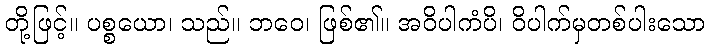
တို့ဖြင့်။ ပစ္စယော၊ သည်။ ဘဝေ၊ ဖြစ်၏။ အဝိပါကံပိ၊ ဝိပါက်မှတစ်ပါးသော